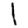
Digit: 1